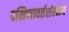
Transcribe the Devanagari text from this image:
दक्षिणावर्तशंखाय